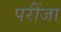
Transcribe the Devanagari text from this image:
परींजा